Civil Veterinary Department Bihar reports 1940-50 - 1940-1950
Year: 1940
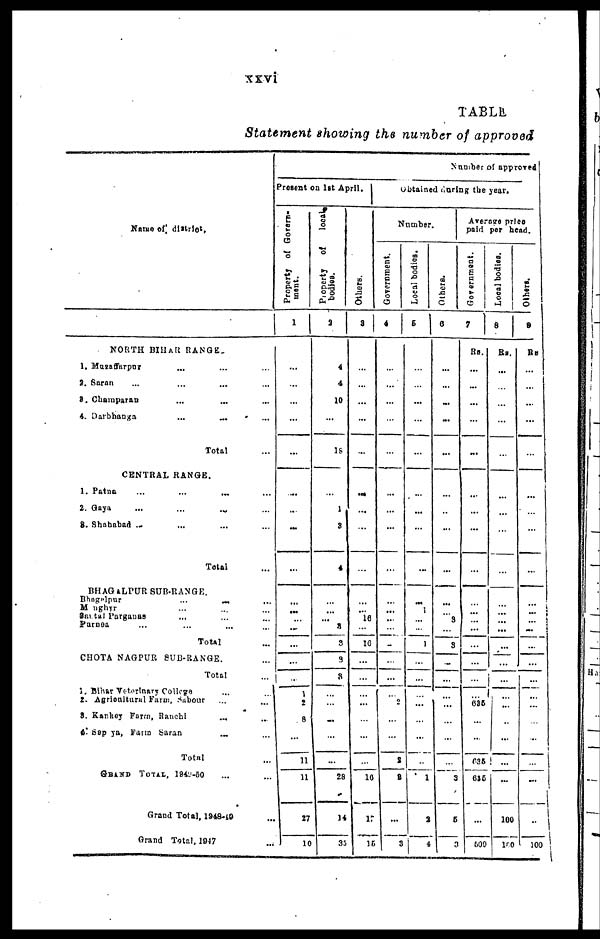
xxvi
TABLE
Statement showing the number of approved
Name of distrlct,
NORTH BIHAR RANGE.
1. Muzaffarpur ... ...
2. Saran ... ... ... ...
3. Champaran ... ... ...
4. Darbhanga
...
... ...
Total ...
CENTRAL RANGE.
1. Patna ... ... ... ...
2. Gaya ... ... ...
3. Shahabad ... ... ... ...
Total ...
BHAGALPUR SUB-RANGE.
Bhagalpur
...
...
...
Monghyr ... ... ...
Santal Parganas ... ... ...
Purnea ... ... ... ...
Total ...
CHOTA NAGPUR SUB-RANGE.
Total ...
1. Bihar Veterinary Collage ...
2. Agrioultural Farm,Sabour ...
3. Kankey Farm Ranchi ... ...
4. Sapya, Farm Saran ... ...
Total ...
GRAND TOTAI, 1949-50 ...
Grand Total, 1948-49 ...
Grand Total, 1947 ...
Present on 1st April.
Property of Govern-
ment.
1
...
...
...
...
...
...
...
...
...
...
...
...
...
...
...
1
2
8
...
11
11
27
10
Property
of
local
bodies.
2
4
4
10
...
18
...
1
3
4
...
... ... 4
3
3
8
...
...
...
...
...
I
28
14
35
Ot hers .
3
...
...
...
...
...
...
...
...
...
...
... 16
...
10
...
...
...
...
...
...
...
10
17
15
Number of approved
Obtained during the year.
Number.
Government.
4
...
...
...
...
...
...
...
...
...
... ...
...
...
...
...
...
...
2
...
...
2
2
...
3
Local bodies.
5
...
...
...
...
...
...
...
...
...
... 1
...
...
1
...
...
...
...
...
....
...
1
2
4
Others.
6
...
...
...
...
...
...
...
...
...
...
3
...
3
...
...
..
...
...
....
...
3
5
3
Average price
paid per head.
Government.
7
Rs.
...
...
...
...
...
...
...
...
...
....
...
...
...
...
...
...
...
636
...
...
635
635
...
600
Local bodies.
8
Rs.
...
...
...
...
...
...
...
...
...
... ...
...
...
...
...
...
...
...
..
...
...
...
100
100
Others.
9
Rs
...
...
...
...
...
...
..
...
...
... ...
...
...
...
...
...
...
...
..
...
...
...
100